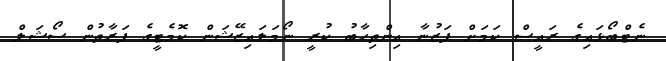
ނެޓްބޯޅައިގެ ރައީސް ކަމަށް ފަޒުނާ އިންތިހާބު ކުރީ ނޯމަލައިޒޭޝަން ކޮމެޓީގެ ފަރާތުން ސޯޝަލް